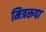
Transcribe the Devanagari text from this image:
मित्ररूपा